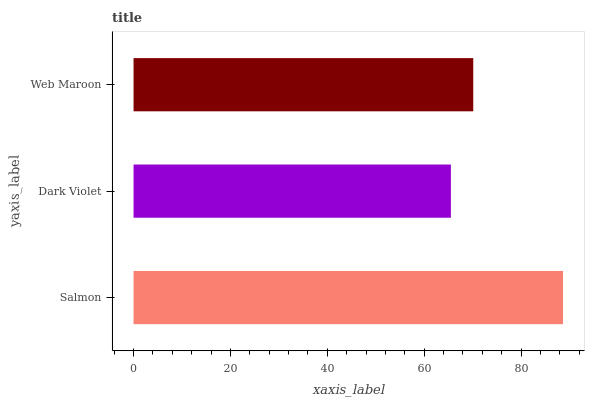
| yaxis_label | bars |
 | --- | --- |
 | Salmon | 88.7 |
 | Dark Violet | 65.5 |
 | Web Maroon | 70.1 |